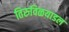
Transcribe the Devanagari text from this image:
तिरुविळयाडल